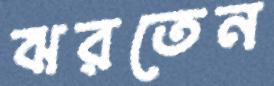
ঝরতেন